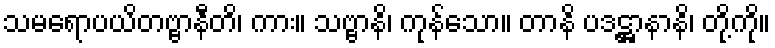
သမရောပယိတဗ္ဗာနီတိ၊ ကား။ သဗ္ဗာနိ၊ ကုန်သော။ တာနိ ပဒဋ္ဌာနာနိ၊ တို့ကို။